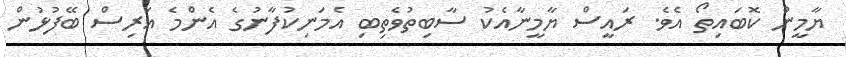
ޔާމީން ކޮބައިތޯ އެވެ. ރައީސް ޔާމީނާއެކު ސާބިތުވެތިބި އެމަނިކުފާނުގެ އެންމެ އަރިސް ބޭފުޅުން